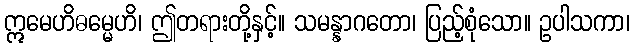
ဣမေဟိဓမ္မေဟိ၊ ဤတရားတို့နှင့်။ သမန္နာဂတော၊ ပြည့်စုံသော။ ဥပါသကာ၊